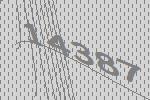
14387